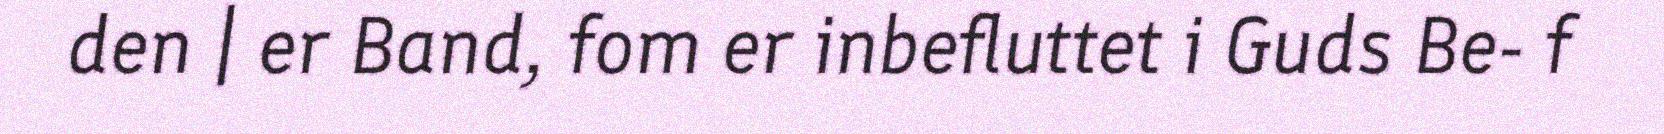
den | er Band, fom er inbefluttet i Guds Be- f